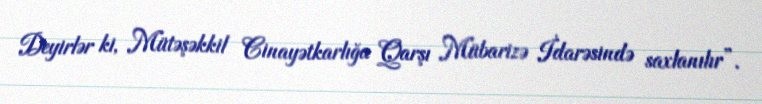
Deyirlər ki, Mütəşəkkil Cinayətkarlığa Qarşı Mübarizə İdarəsində saxlanılır”.